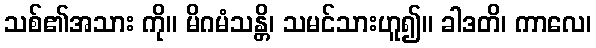
သစ်၏အသား ကို။ မိဂမံသန္တိ၊ သမင်သားဟူ၍။ ခါဒတိ၊ ကာလေ၊